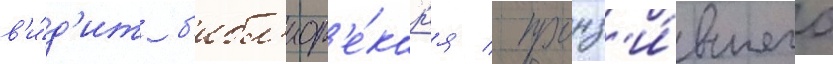
в'и́д'ит б'ибл'иот'е́кар'я / пронз'и́вшего